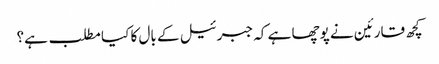
کچھ قارئین نے پوچھا ہے کہ جبرئیل کے بال کا کیا مطلب ہے؟